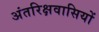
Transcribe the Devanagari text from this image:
अंतरिक्षवासियों